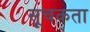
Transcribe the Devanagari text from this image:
सूचकता